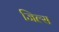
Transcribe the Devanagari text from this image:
जिल्स